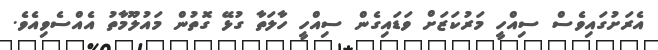
އެރަށުގައިވެސް ސިއްހީ މަރުކަޒަށް ވަޑައިގެން ސިއްހީ ހާލަތާ ގުޅޭ ގޮތުން މައުލޫމާތު އެއްސެވިއެވެ.